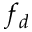
f _ { d }